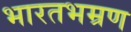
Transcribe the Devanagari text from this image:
भारतभम्रण